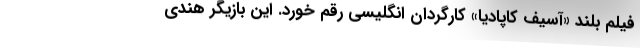
فیلم بلند «آسیف کاپادیا» کارگردان انگلیسی رقم خورد. این بازیگر هندی